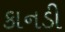
કાનડી